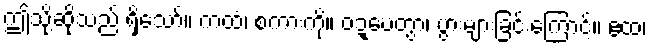
ဤသို့ဆိုသည် ရှိသော်။ ကထံ၊ စကားကို။ ဝဍ္ဎေတွာ၊ ပွားများခြင်းကြောင့်။ ဧထ၊